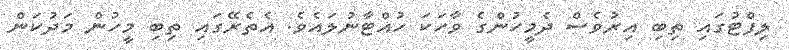
ލިފްޓުގައި ތިބި އިރުވެސް ދެމީހުންގެ ވާހަކަ ހުއްޓާނުލައެވެ. އެތެރޭގައި ތިބި މީހުން މަދުކަން